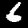
Label: 6